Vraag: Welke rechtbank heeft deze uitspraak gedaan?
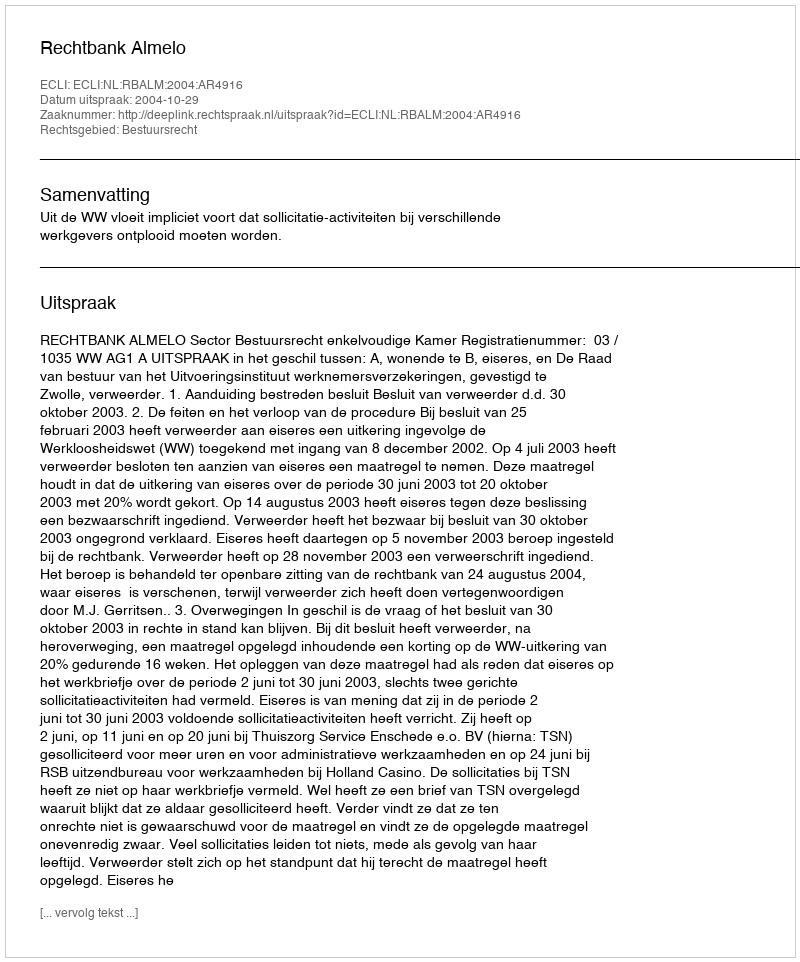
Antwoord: Rechtbank Almelo